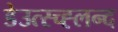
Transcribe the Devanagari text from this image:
डेउत्स्च्ह्लन्द